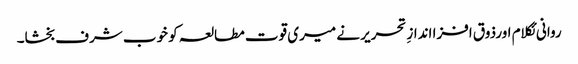
روانی ئکلام اورذوق افزا اندازِ تحریر نے میری قوت مطالعہ کو خوب شرف بخشا۔